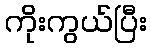
ကိုးကွယ်ပြီး